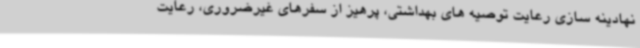
نهادینه سازی رعایت توصیه های بهداشتی، پرهیز از سفرهای غیرضروری، رعایت